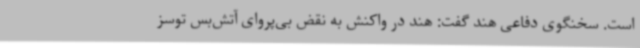
است. سخنگوی دفاعی هند گفت: هند در واکنش به نقض بی‌پروای آتش‌بس توسز